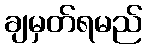
ချမှတ်ရမည်